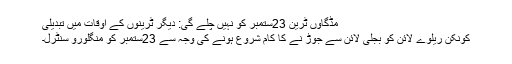
مڈگاؤں ٹرین 23ستمبر کو نہیں چلے گی: دیگر ٹرینوں کے اوقات میں تبدیلی
کونکن ریلوے لائن کو بجلی لائن سے جوڑ نے کا کام شروع ہونے کی وجہ سے 23ستمبر کو منگلورو سنٹرل۔